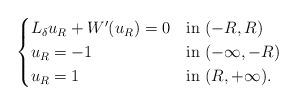
LaTeX: \begin{align*}\begin{cases}L_\delta u_R + W'(u_R) = 0 &\mbox{in }(-R,R)\\u_R = -1 &\mbox{in }(-\infty,-R)\\u_R = 1 &\mbox{in }(R,+\infty).\end{cases}\end{align*}